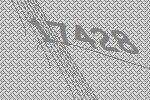
17428